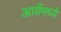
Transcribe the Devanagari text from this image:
आर्येमध्ये